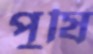
পুষি